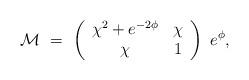
LaTeX: \begin{align*}{\cal M}\,\, = \,\, \left(\begin{array}{cc}\chi^2 + e^{- 2{\phi}}& \chi \\ \chi & 1\end{array}\right)\,\,e^{{\phi}},\end{align*}